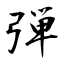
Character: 弹